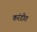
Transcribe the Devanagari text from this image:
करंडीत